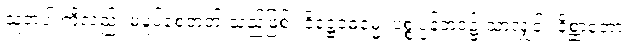
သူတပါးကိုလည်း မပူပ်စေတတ် သည်ဖြစ်။ ဒိဋ္ဌေဝဓမ္မေ၊ ပစ္စုပ္ပန်ဘဝ၌ သာလျှင်။ နိစ္ဆာတော၊